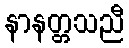
နာနတ္တသညီ